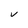
Character: V